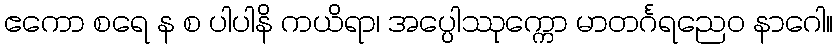
ဧကော စရေ န စ ပါပါနိ ကယိရာ၊ အပ္ပေါဿုက္ကော မာတင်္ဂရညေဝ နာဂေါ။